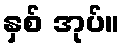
နှစ် အုပ်။